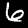
Label: 6